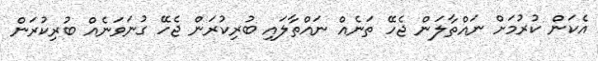
އެކަން ކުރުމަށް ނައްތާލަން ޖެހޭ ތަނެއް ނައްތާލައި ބުރިކުރަން ޖެހޭ ގުނަވަނެއް ބުރިކުރަން